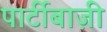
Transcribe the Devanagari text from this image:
पार्टीबाज़ी